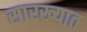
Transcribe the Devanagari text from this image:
सारख्यात